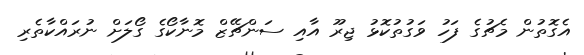
އެގޮތުން މެޗުގެ ފަހު ވަގުތުކޮޅު ޖިރޫ އާއި ސަންޗޭޒް މޮނާކޯގެ ގޯލަށް ނުރައްކާތެރި